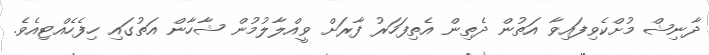
ދާނިޝް މުށްކެވިފައިވާ އަތުން ދެތިން އެތިފަހަރު ފާރަށް ވީއްލާލުމުން ޝާހާން އަތުގައި ހިފެހެއްޓިއެވެ.